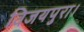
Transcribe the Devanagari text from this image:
विजयपुरा।